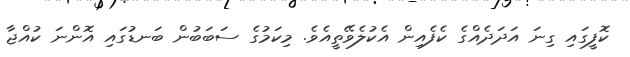
ކޮފީގައި ގިނަ އަދަދެއްގެ ކެފެއިން އެކުލެވޭތީއެވެ. މިކަމުގެ ސަބަބުން ބަނޑުގައި އޮންނަ ކުއްޖާ